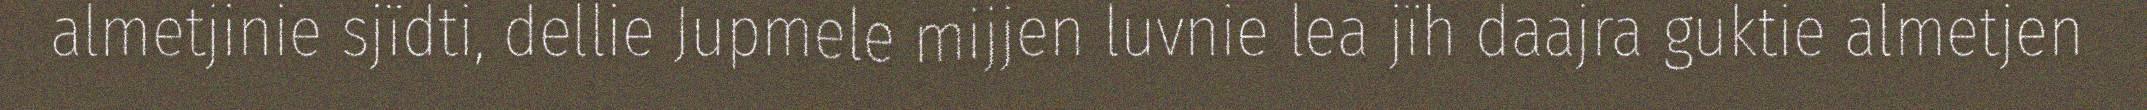
almetjinie sjïdti, dellie Jupmele mijjen luvnie lea jïh daajra guktie almetjen